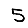
Digit: 5